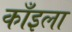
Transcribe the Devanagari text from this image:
काँइला